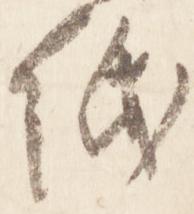
紙